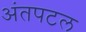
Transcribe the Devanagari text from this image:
अंतपटल